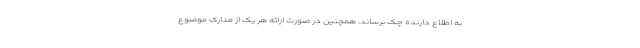
به اطلاع دارنده چک برساند. همچنین در صورت ارائه هر یک از مدارک موضوع